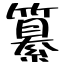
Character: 纂